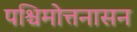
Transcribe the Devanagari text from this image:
पश्चिमोत्तनासन